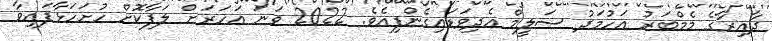
ދާއިރާގެ މެމްބަރު އަހުމަދު ސަލީމް އެދިވަޑައިގެންފިއެވެ. 2022 ވަނަ އަހަރަށް ލަފާކޮށް ހުށަހަޅާފައިވާ